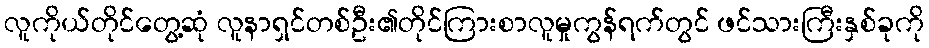
လူကိုယ်တိုင်တွေ့ဆုံ လူနာရှင်တစ်ဦး၏တိုင်ကြားစာလူမှုကွန်ရက်တွင် ဖင်သားကြီးနှစ်ခုကို